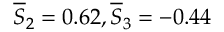
\overline { { S } } _ { 2 } = 0 . 6 2 , \overline { { S } } _ { 3 } = - 0 . 4 4